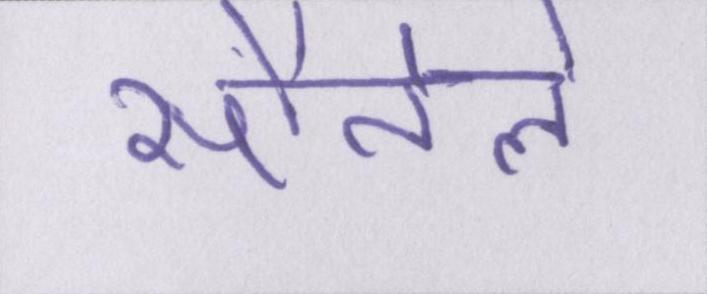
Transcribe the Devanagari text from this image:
सौतेले